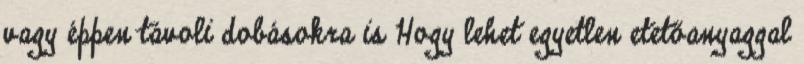
vagy éppen távoli dobásokra is Hogy lehet egyetlen etetőanyaggal